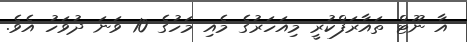
އާ ނޫޓް ތައާރަފްކުރީ މިއަހަރުގެ މެއި މަހުގެ 10 ވަނަ ދުވަހު އެވެ.